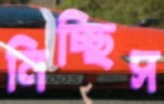
নিচ্ছিস